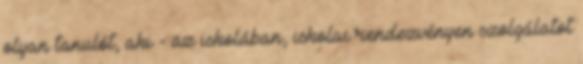
olyan tanulót, aki - az iskolában, iskolai rendezvényen szolgálatot